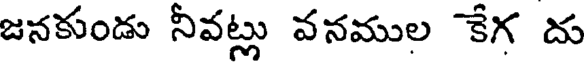
జనకుండు నీవట్లు వనముల కేగ దు